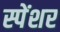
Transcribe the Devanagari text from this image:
स्पेंशर